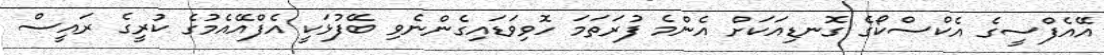
އޭއެފްސީގެ އެކްސްކޯގެ ގޮނޑިއަކަށް އެންމެ ފުރަތަމަ ހޮވިވަޑައިގެންނެވި ބޭފުޅަކީ އެފްއޭއެމުގެ ކުރީގެ ރައީސް